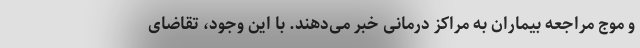
و موج مراجعه بیماران به مراکز درمانی خبر می‌دهند. با این وجود، تقاضای